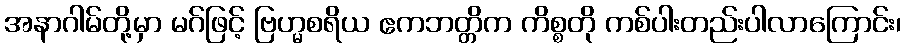
အနာဂါမ်တို့မှာ မဂ်ဖြင့် ဗြဟ္မစရိယ ဧကဘတ္တိက ကိစ္စတို ကစ်ပါးတည်းပါလာကြောင်း၊